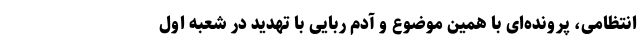
انتظامی، پرونده‌ای با همین موضوع و آدم ربایی با تهدید در شعبه اول